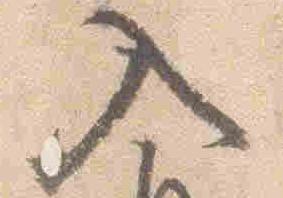
入